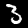
Digit: 3